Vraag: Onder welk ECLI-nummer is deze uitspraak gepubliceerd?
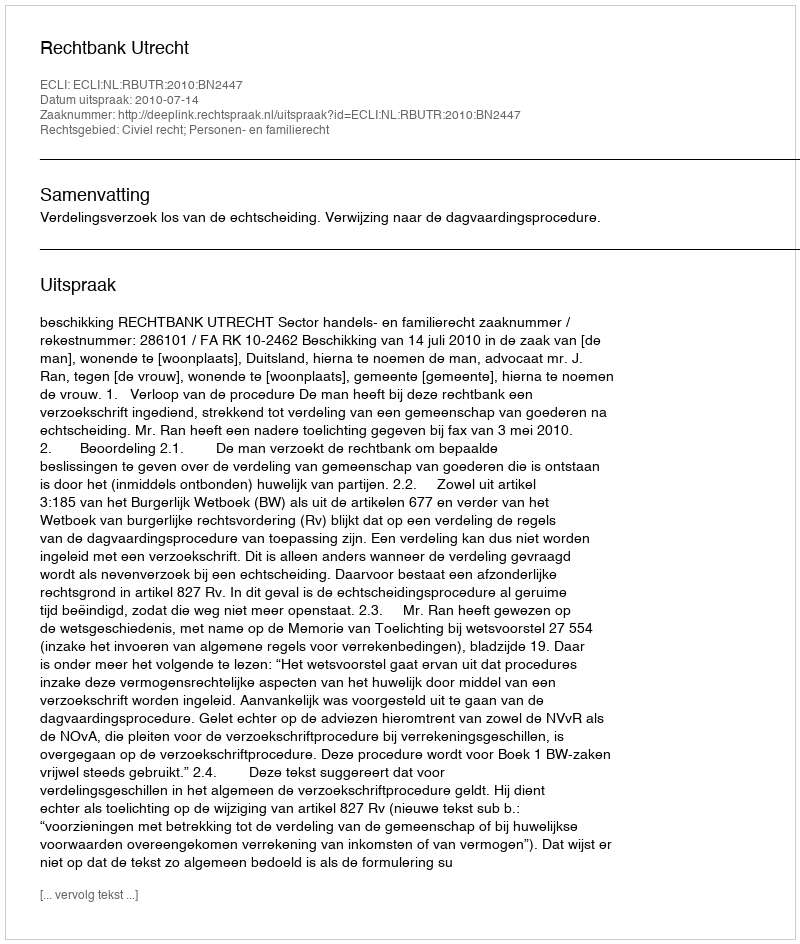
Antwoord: ECLI:NL:RBUTR:2010:BN2447